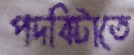
পদবিটাতে